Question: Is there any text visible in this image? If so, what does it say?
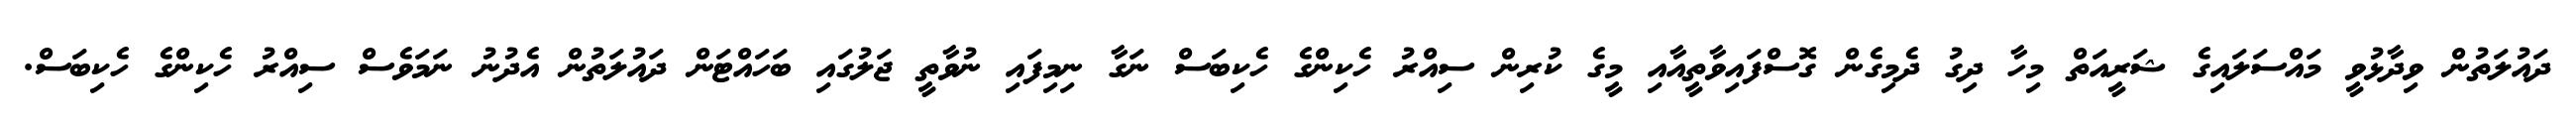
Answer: ދައުލަތުން ވިދާޅުވީ މައްސަލައިގެ ޝަރީއަތް މިހާ ދިގު ދެމިގެން ގޮސްފައިވާތީއާއި މީގެ ކުރިން ސިއްރު ހެކިންގެ ހެކިބަސް ނަގާ ނިމިފައި ނުވާތީ ޖަލުގައި ބަހައްޓަން ދައުލަތުން އެދުނު ނަމަވެސް ސިއްރު ހެކިންގެ ހެކިބަސް.